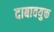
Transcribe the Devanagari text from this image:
दाबावयुक्त